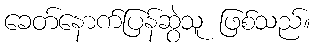
ခေတ်နောက်ပြန်ဆွဲသူ ဖြစ်သည်။